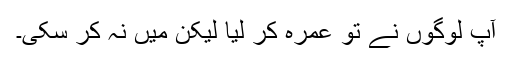
آپ لوگوں نے تو عمرہ کر لیا لیکن میں نہ کر سکی۔